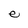
Character: e